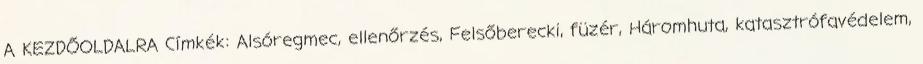
A KEZDŐOLDALRA Címkék: Alsóregmec, ellenőrzés, Felsőberecki, füzér, Háromhuta, katasztrófavédelem,